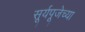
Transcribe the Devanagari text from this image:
सूर्यपूजेच्या